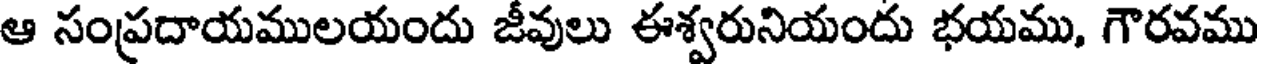
ఆ సంప్రదాయములయందు జీవులు ఈశ్వరునియందు భయము, గౌరవము